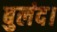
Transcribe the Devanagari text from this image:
बुलंद।